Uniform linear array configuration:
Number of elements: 32
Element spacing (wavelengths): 0.75
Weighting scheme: hamming
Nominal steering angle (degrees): -30
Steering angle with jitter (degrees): -29.754
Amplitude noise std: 0.05
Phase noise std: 0.05

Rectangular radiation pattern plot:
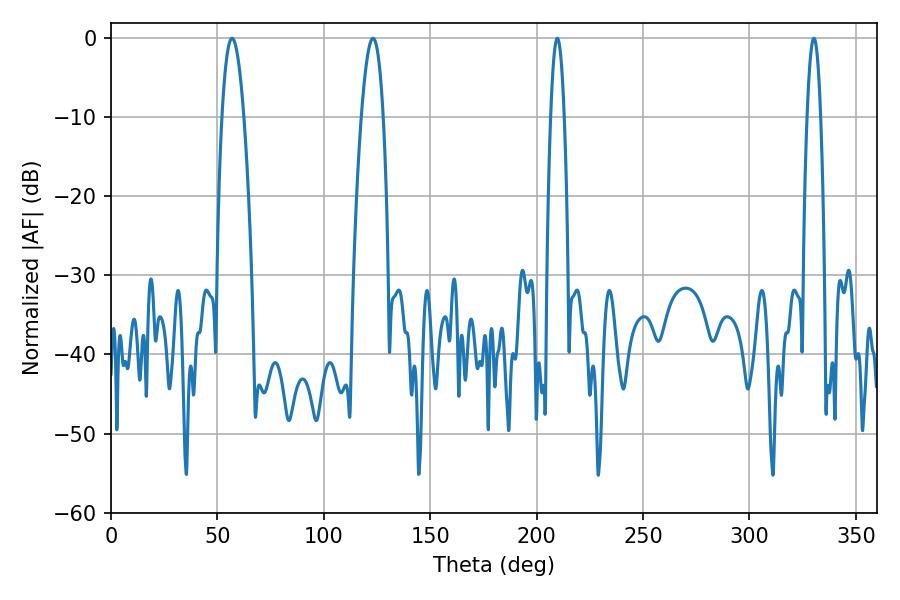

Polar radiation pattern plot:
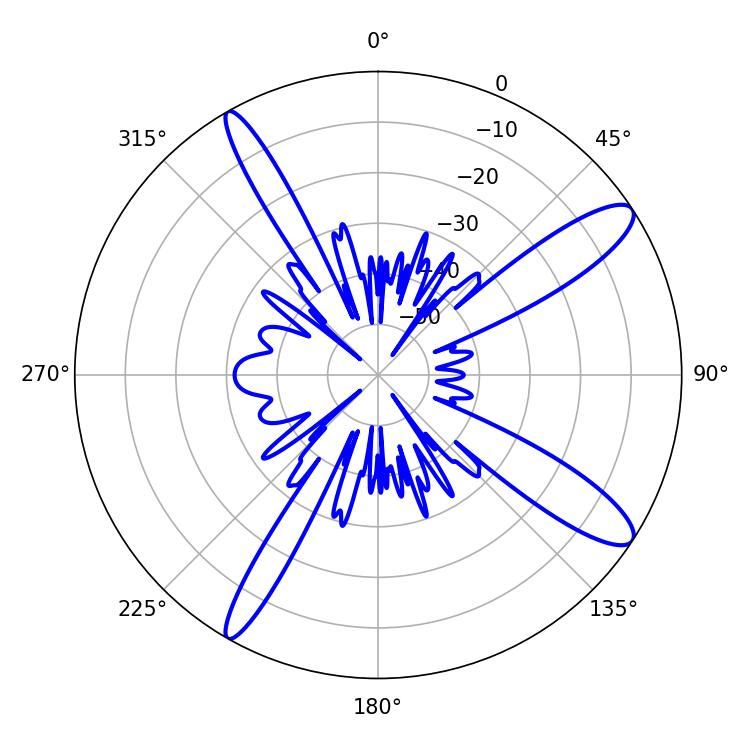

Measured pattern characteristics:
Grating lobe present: TRUE
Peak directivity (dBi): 12.495
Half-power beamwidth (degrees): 5.58
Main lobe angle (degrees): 56.88